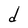
Character: d